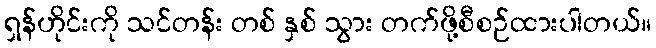
ရှန်ဟိုင်းကို သင်တန်း တစ် နှစ် သွား တက်ဖို့စီစဉ်ထားပါတယ်။